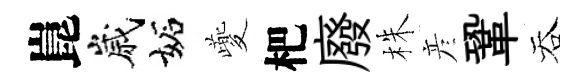
崑嵗妬夔杷廢株彦鞏吞